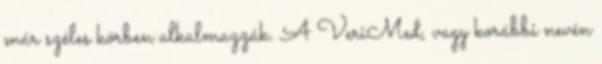
már széles körben alkalmazzák. A VeriMed, vagy korábbi nevén